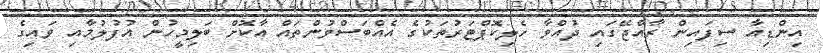
އިންޑިއާ ސިފަައިން ރާއްޖޭގައި ދުއްވާ ހެލިކޮޕްޓަރުތަކުގެ އެއްބަސްވުންތައް އާކޮށް ބަލިމީހުން އުފުލުމާއި ވައިގެ